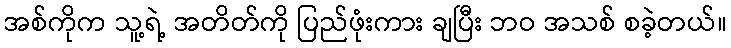
အစ်ကိုက သူ့ရဲ့ အတိတ်ကို ပြည်ဖုံးကား ချပြီး ဘဝ အသစ် စခဲ့တယ်။